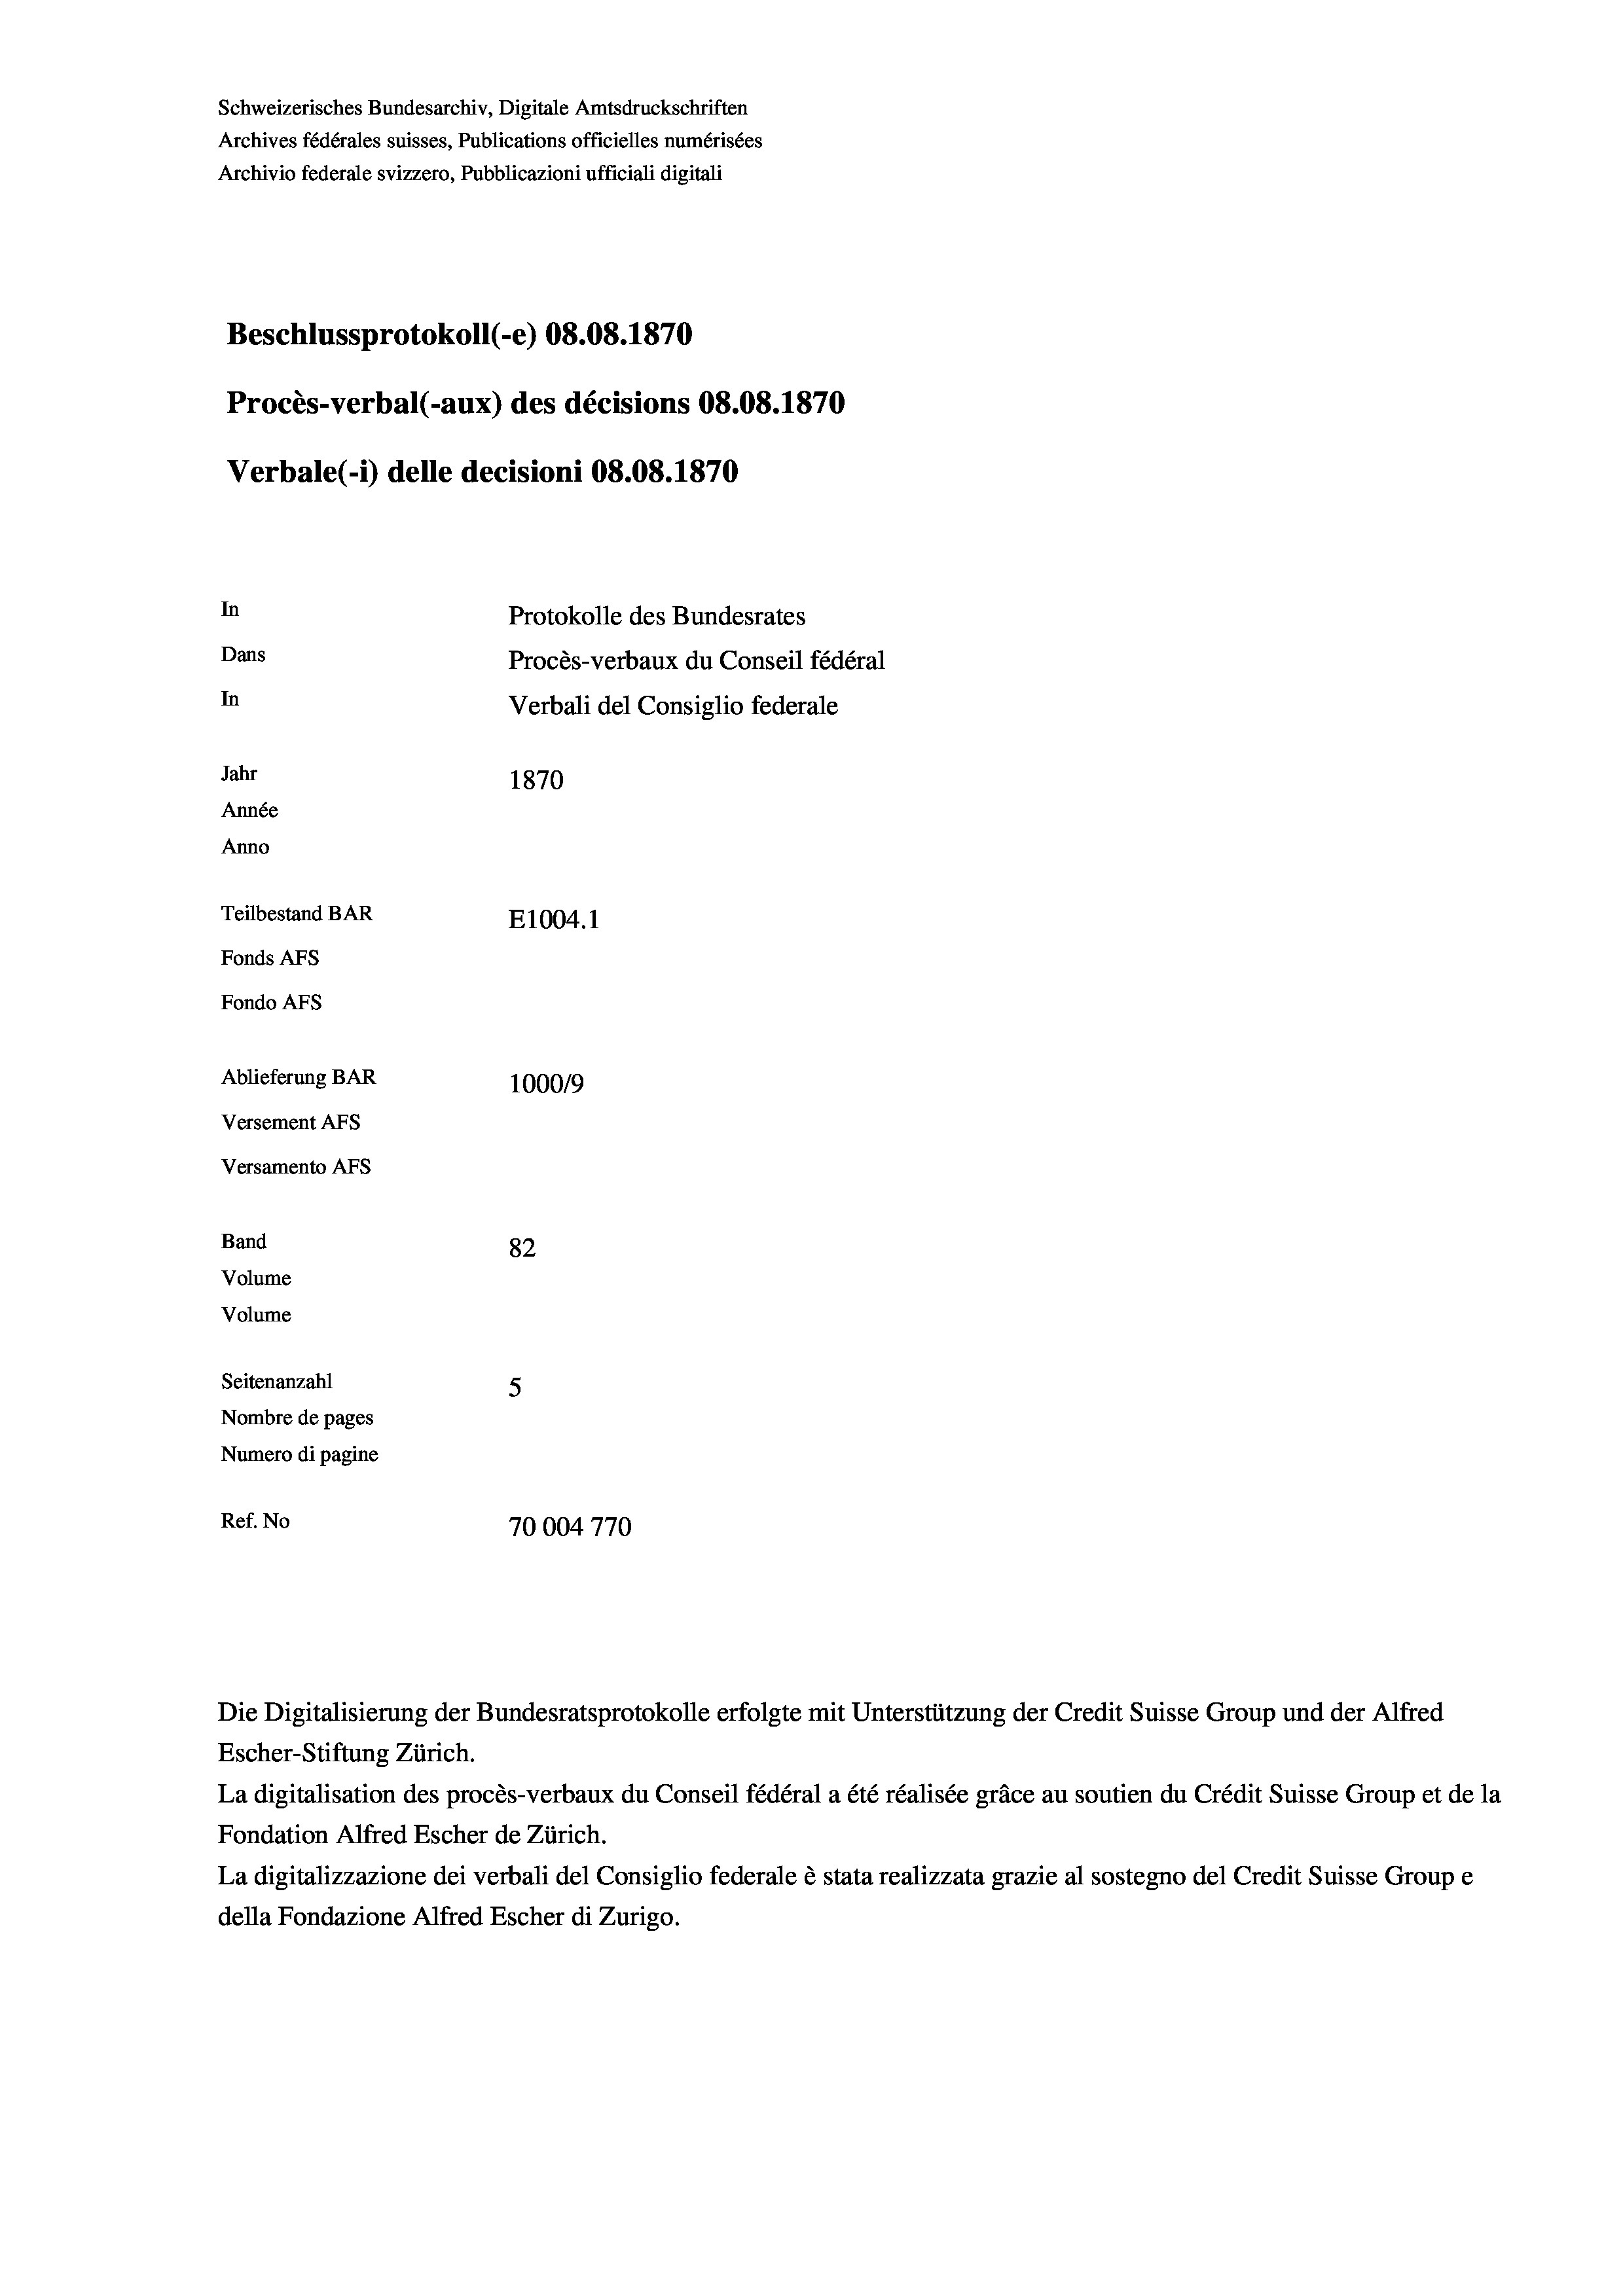
Schweizerisches Bundesarchiv, Digitale Amtsdruckschriften
Archives fédérales suisses, Publications officielles numérisées
Archivio federale svizzero, Pubblicazioni ufficiali digitali
Beschlussprotokoll (-e) 08.08. 1870
Procès-verbal (-aux) des décisions 08.08. 1870
Verbale(-*) delle decisioni 08.08. 1870
In
Protokolle des Bundesrates
Dans
Procès-verbaux du Conseil fédéral
In
Verbali del Consiglio federale
Jahr
1870
Année
Anno
Teilbestand BAR
E1004.1
Fonds Afs
Fondo AFs
Ablieferung BAR
1000/9
Versement AFS
Versamento Afs

82
5
Nombre de pages
Numero di pagine
Ref. No
70004770

Band
Volume
Volume

Seitenanzahl

La digitalisation des procès-verbaux du Conseil fédéral a été réalisée gräce au soutien du Crédit Suisse Group et de la
Fondation Alfred Escher de Zürich.
La digitalizzazione dei verbali del Consiglio federale è stata realizzata grazie al sostegno del Credit Suisse Groupe
della Fondazione Alfred Escher di Zurigo.

1

Die Digitalisierung der Bundesratsprotokolle erfolgte mit Unterstützung der Credit Suisse Group und der Alfred
Escher-Stiftung Zürich.